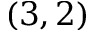
( 3 , 2 )